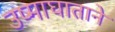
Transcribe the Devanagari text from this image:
उष्माघाताने